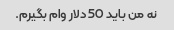
نه من باید 50 دلار وام بگیرم.